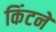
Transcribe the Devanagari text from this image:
किंटने